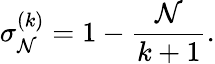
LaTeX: \sigma_{\mathcal{N}}^{(k)}=1-\frac{{\mathcal{N}}}{{k+1}}.